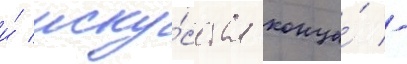
и́ иску́сства конца́ -